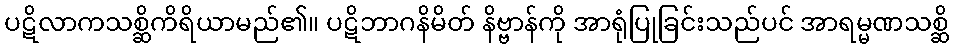
ပဋိလာကသစ္ဆိကိရိယာမည်၏။ ပဋိဘာဂနိမိတ် နိဗ္ဗာန်ကို အာရုံပြုခြင်းသည်ပင် အာရမ္မဏသစ္ဆိ